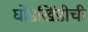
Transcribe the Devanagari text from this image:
घोडखिंडीची